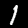
Label: 1